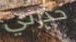
حذرني